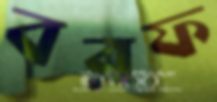
বরফ